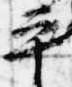
平